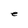
Character: e